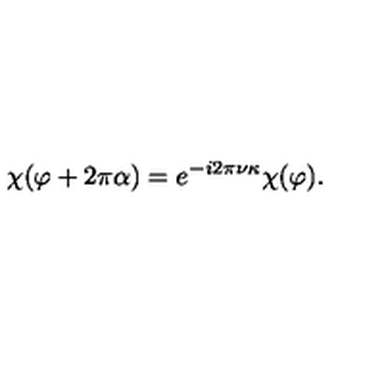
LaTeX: \chi ( \varphi + 2 \pi \alpha ) = e ^ { - i 2 \pi \nu \kappa } \chi ( \varphi ) .